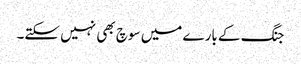
جنگ کے بارے میں سوچ بھی نہیں سکتے۔